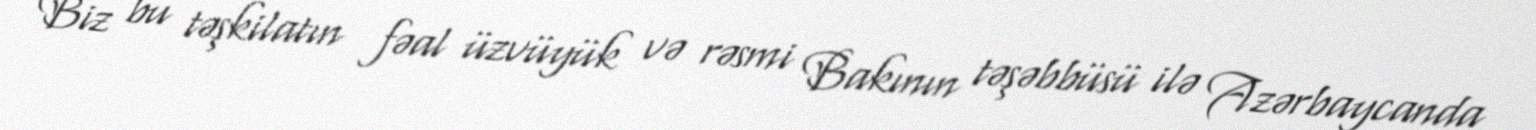
Biz bu təşkilatın fəal üzvüyük və rəsmi Bakının təşəbbüsü ilə Azərbaycanda